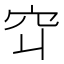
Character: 𬔅